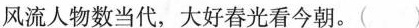
风流人物数当代，大好春光看今朝。（）